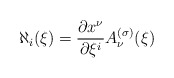
\begin{align*}\aleph_i(\xi)={\partial x^\nu\over\partial\xi^i}A^{(\sigma)}_\nu(\xi)\end{align*}